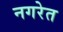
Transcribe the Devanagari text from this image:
नगरेत